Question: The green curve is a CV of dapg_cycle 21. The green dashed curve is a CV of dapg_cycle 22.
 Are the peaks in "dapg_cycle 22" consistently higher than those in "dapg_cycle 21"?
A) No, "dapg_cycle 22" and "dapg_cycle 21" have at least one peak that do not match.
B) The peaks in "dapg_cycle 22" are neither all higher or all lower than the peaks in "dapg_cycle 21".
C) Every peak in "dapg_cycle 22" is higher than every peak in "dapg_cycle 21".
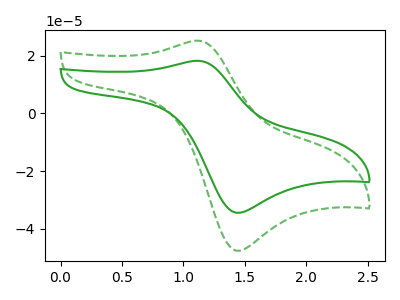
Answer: <think>The green curve "dapg_cycle 21" has an anodic peak at (1.10V, 18.30uA) and a cathodic peak at (1.45V, -34.50uA). The green dashed curve "dapg_cycle 22" has an anodic peak at (1.10V, 25.25uA) and a cathodic peak at (1.45V, -47.65uA).</think>
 <answer>C) Every peak in "dapg_cycle 22" is higher than every peak in "dapg_cycle 21".</answer>
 <eval>C</eval>